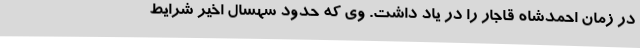
در زمان احمدشاه قاجار را در یاد داشت. وی که حدود سهسال اخیر شرایط